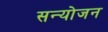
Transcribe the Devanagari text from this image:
सन्योजन